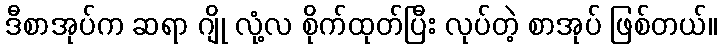
ဒီစာအုပ်က ဆရာ ဂျို လုံ့လ စိုက်ထုတ်ပြီး လုပ်တဲ့ စာအုပ် ဖြစ်တယ်။